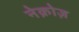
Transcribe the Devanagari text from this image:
नेक्रोज़